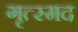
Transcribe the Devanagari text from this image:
गृत्स्मद